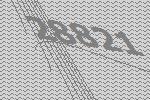
28821